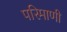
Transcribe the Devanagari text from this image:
परिमाणी